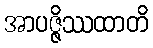
အာပဇ္ဇိဿထာတိ